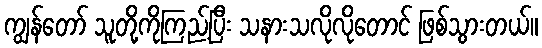
ကျွန်တော် သူတို့ကိုကြည့်ပြီး သနားသလိုလိုတောင် ဖြစ်သွားတယ်။